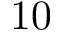
1 0